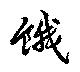
餓